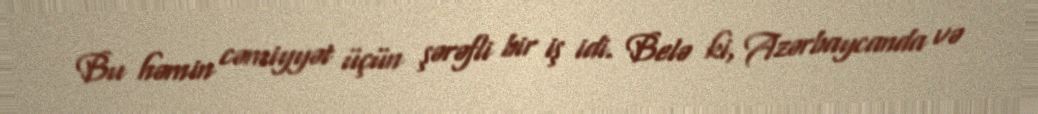
Bu həmin cəmiyyət üçün şərəfli bir iş idi. Belə ki, Azərbaycanda və